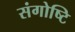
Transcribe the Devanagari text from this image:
संगोष्टि